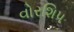
વોરશિપ